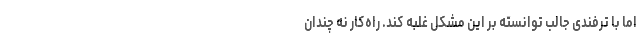
اما با ترفندی جالب توانسته بر این مشکل غلبه کند. راه‌کار نه چندان